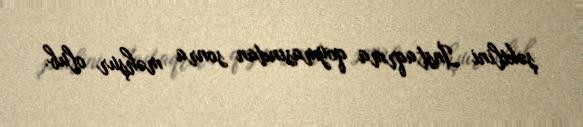
şəkilini İnstaqrma qoymasından sonra məhşur olub.